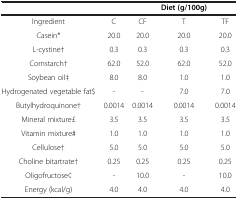
|  |  |  | Diet (g/100g) |  |
 | --- | --- | --- | --- | --- |
 | Ingredient | C | CF | T | TF |
 | Casein* | 20.0 | 20.0 | 20.0 | 20.0 |
 | L-cystine† | 0.3 | 0.3 | 0.3 | 0.3 |
 | Cornstarch† | 62.0 | 52.0 | 62.0 | 52.0 |
 | Soybean oil‡ | 8.0 | 8.0 | 1.0 | 1.0 |
 | Hydrogenated vegetable fat$ | - | - | 7.0 | 7.0 |
 | Butylhydroquinone† | 0.0014 | 0.0014 | 0.0014 | 0.0014 |
 | Mineral mixture£ | 3.5 | 3.5 | 3.5 | 3.5 |
 | Vitamin mixture# | 1.0 | 1.0 | 1.0 | 1.0 |
 | Cellulose† | 5.0 | 5.0 | 5.0 | 5.0 |
 | Choline bitartrate† | 0.25 | 0.25 | 0.25 | 0.25 |
 | Oligofructose¢ | - | 10.0 | - | 10.0 |
 | Energy (kcal/g) | 4.0 | 4.0 | 4.0 | 4.0 |